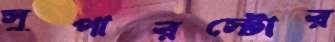
সুপারস্টোর